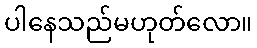
ပါနေသည်မဟုတ်လော။